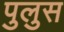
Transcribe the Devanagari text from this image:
पुलुस